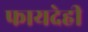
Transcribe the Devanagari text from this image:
फायदेही